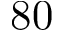
8 0